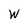
Character: w